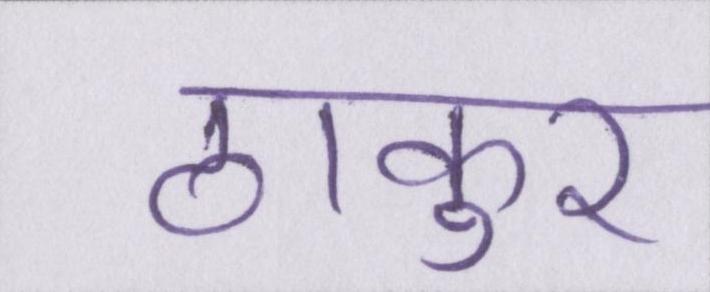
ठाकुर